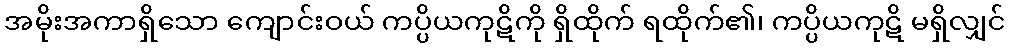
အမိုးအကာရှိသော ကျောင်းဝယ် ကပ္ပိယကုဋိကို ရှိထိုက် ရထိုက်၏၊ ကပ္ပိယကုဋိ မရှိလျှင်